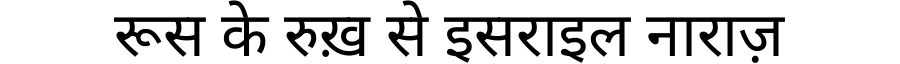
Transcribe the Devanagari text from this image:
रूस के रुख़ से इसराइल नाराज़